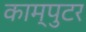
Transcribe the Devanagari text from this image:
काम्पुटर